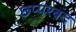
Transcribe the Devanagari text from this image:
छप्परबंद